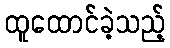
ထူထောင်ခဲ့သည့်